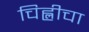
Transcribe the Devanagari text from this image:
चिह्लीचा